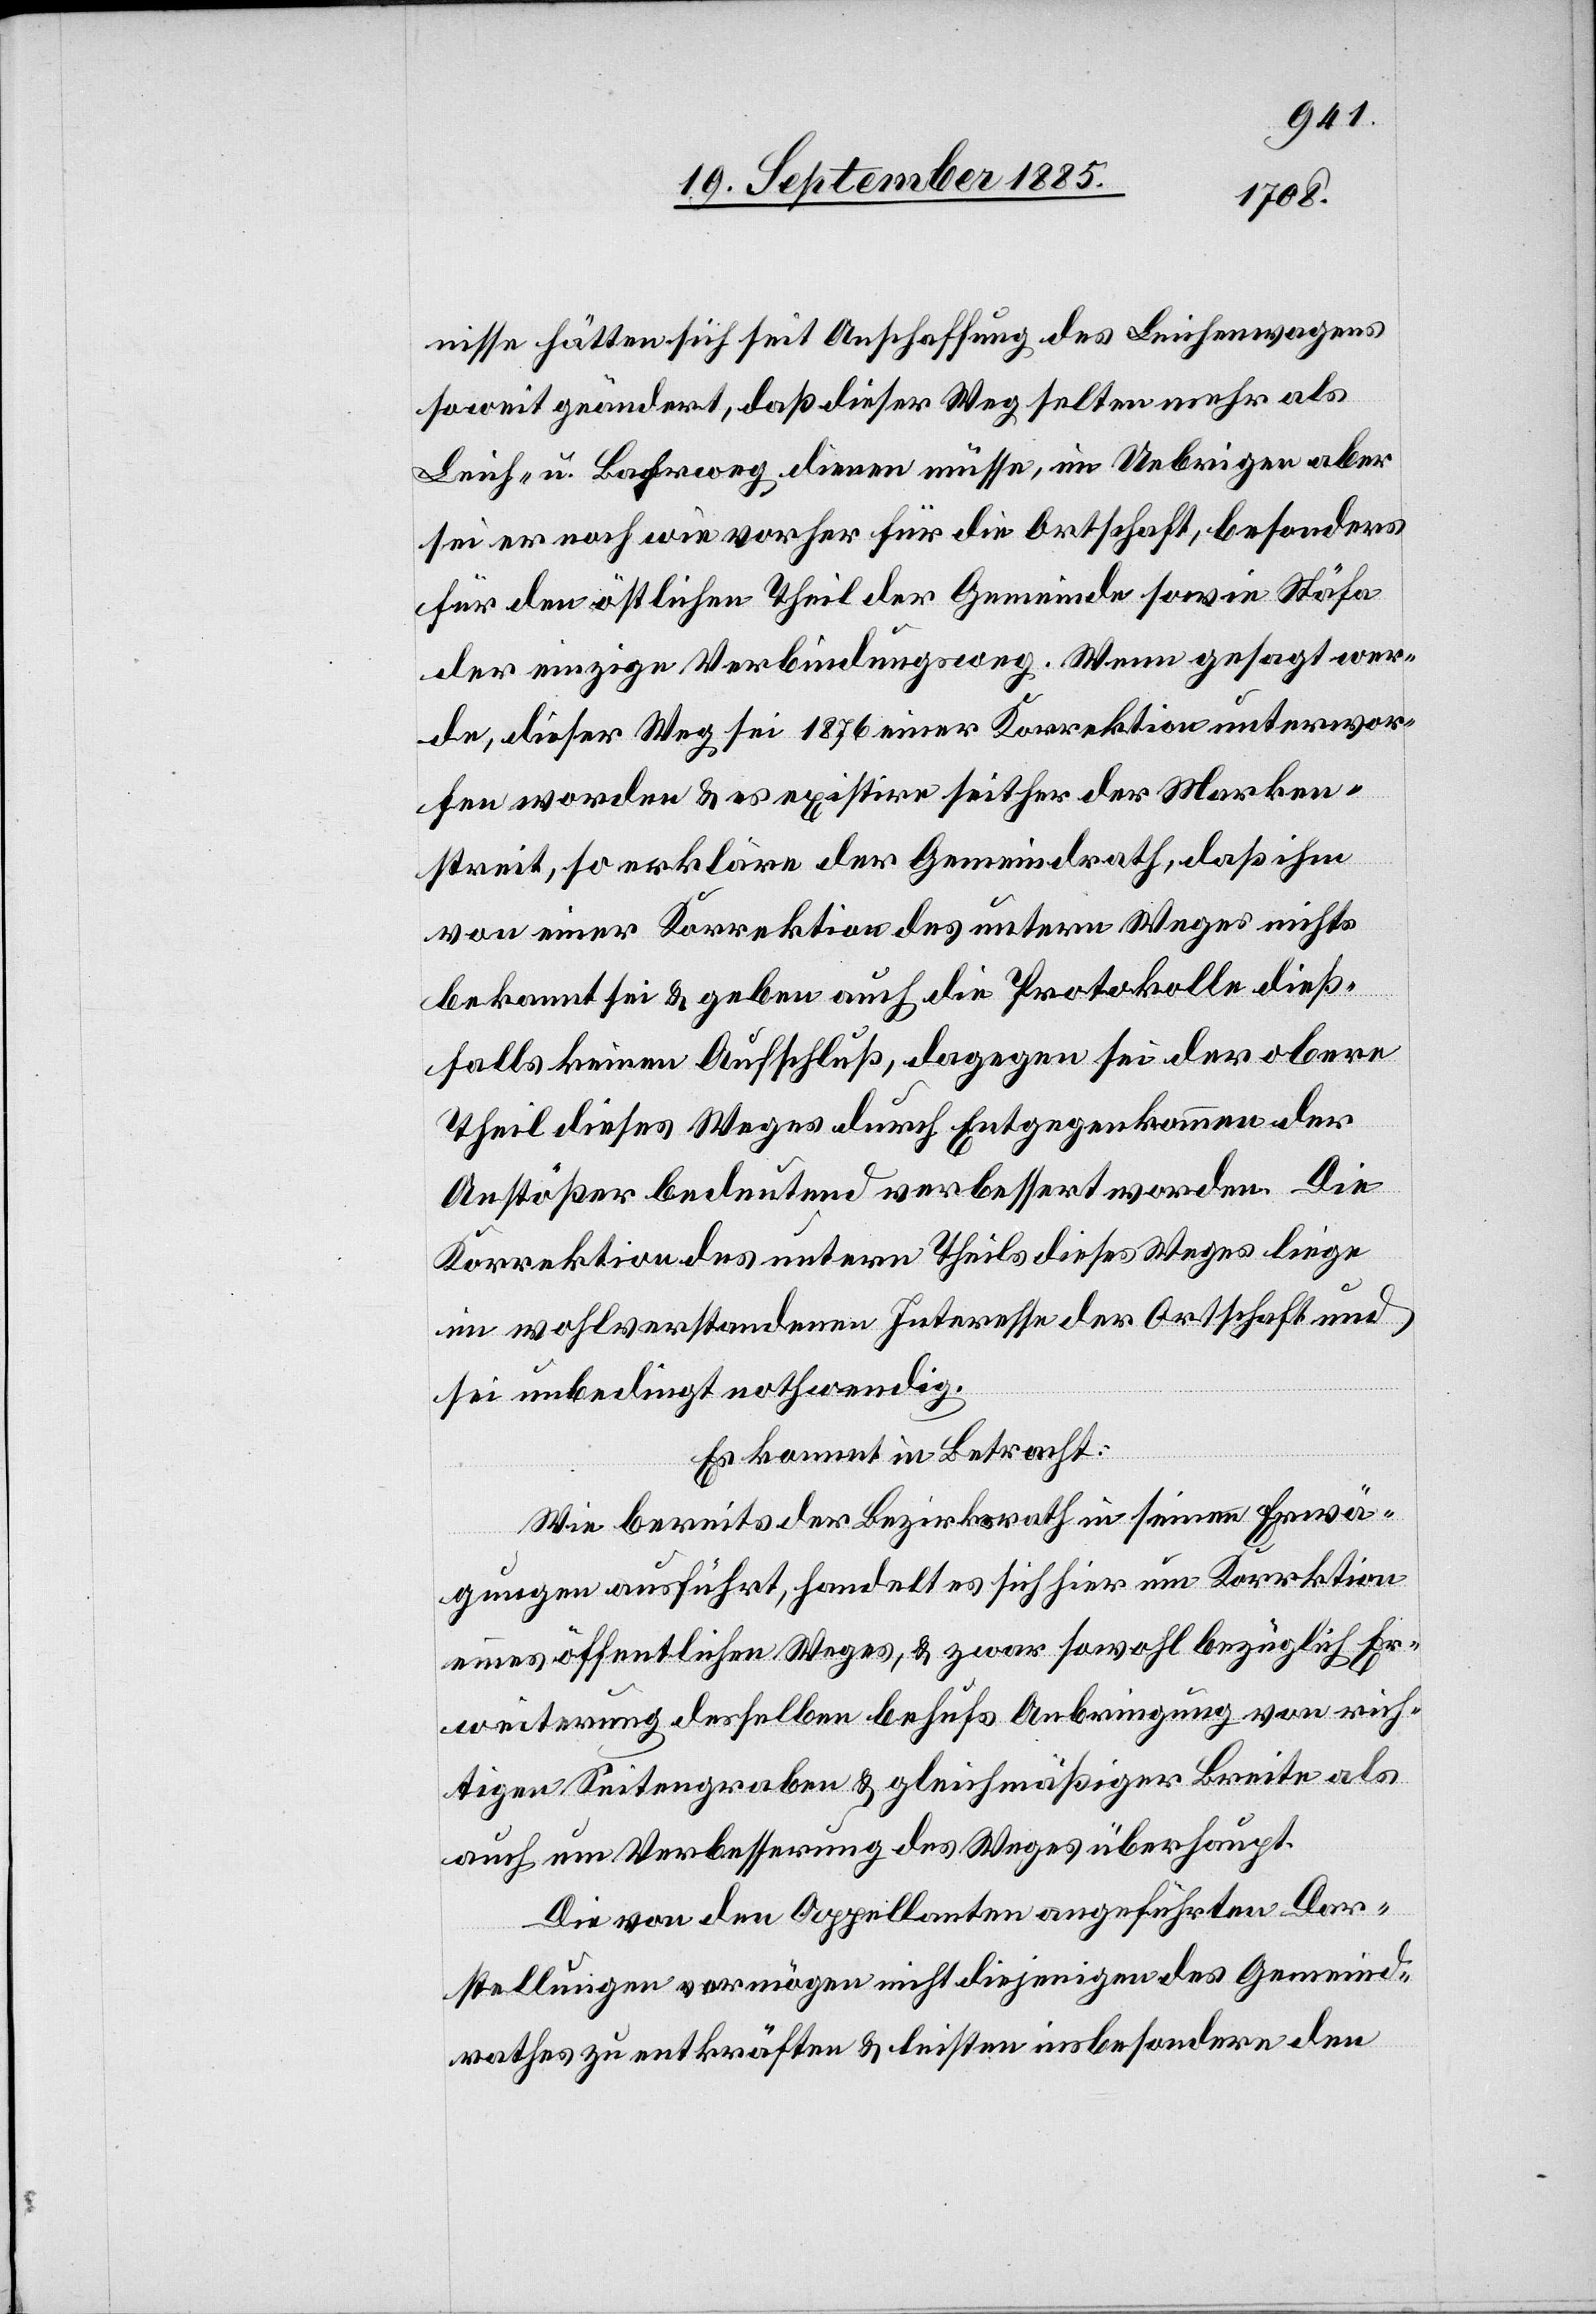
nisse hätten sich seit Anschaffung des Leichenwagens
soweit geändert, daß dieser Weg selten mehr als
Leich- u. Bahrweg dienen müsse, im Uebrigen aber
sei er nach wie vorher für die Ortschaft, besonders
für den östlichen Theil der Gemeinde sowie Stäfa
der einzige Verbindungsweg. Wenn gesagt wer¬
de, dieser Weg sei 1876 einer Korrektion unterwor¬
fen worden & es existire seither der Marken¬
streit, so erkläre der Gemeindrath, daß ihm
von einer Korrektion des untern Weges nichts
bekannt sei & geben auch die Protokolle dieß¬
falls keinen Aufschluß, dagegen sei der obere
Theil dieses Weges durch Entgegenkommen der
Anstößer bedeutend verbessert worden. Die
Korrektion des untern Theils dieses Weges liege
im wohlverstandenen Interesse der Ortschaft und
sei unbedingt nothwendig.
Es kommt in Betracht:
Wie bereits der Bezirksrath in seinen Erwä¬
gungen ausführt, handelt es sich hier um Korrektion
eines öffentlichen Weges, & zwar sowohl bezüglich Er¬
weiterung desselben behufs Anbringung von rich¬
tigen Seitengraben & gleichmäßiger Breite als
auch um Verbesserung des Weges überhaupt.
Die von den Appellanten angeführten Dar¬
stellungen vermögen nicht diejenigen des Gemeind¬
rathes zu entkräften & leisten insbesondere den